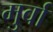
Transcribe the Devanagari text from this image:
मुर्वा